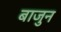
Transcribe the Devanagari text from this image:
बाजुन